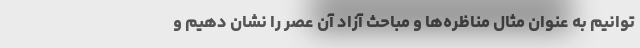
توانیم به عنوان مثال مناظره‌ها و مباحث آزاد آن عصر را نشان دهیم و